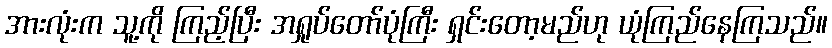
အားလုံးက သူ့ကို ကြည့်ပြီး အရှုပ်တော်ပုံကြီး ရှင်းတော့မည်ဟု ယုံကြည်နေကြသည်။